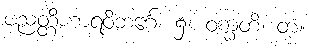
ပညတ္တိဟာရဝိဘင်္ဂေ၊ ၌။ ဝက္ခတိ၊ တံ့။